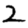
Digit: 2